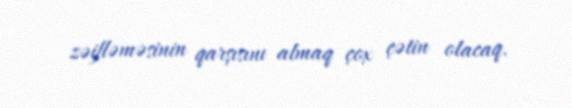
zəifləməsinin qarşısını almaq çox çətin olacaq.